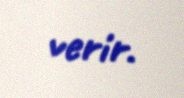
verir.